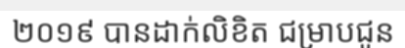
២០១៩ បានដាក់លិខិត ជម្រាបជូន